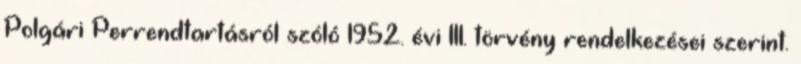
Polgári Perrendtartásról szóló 1952. évi III. törvény rendelkezései szerint.